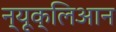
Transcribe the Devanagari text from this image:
न्यूक्लिआन